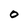
Character: O